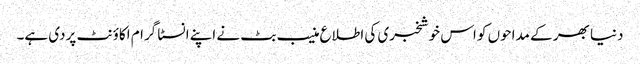
دنیا بھر کے مداحوں کو اس خوشخبری کی اطلاع منیب بٹ نے اپنے انسٹا گرام اکاؤنٹ پردی ہے۔